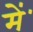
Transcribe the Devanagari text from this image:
मेंॱ